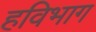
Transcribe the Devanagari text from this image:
हविभाग